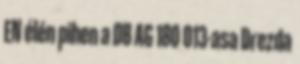
EN élén pihen a DB AG 180 013-asa Drezda